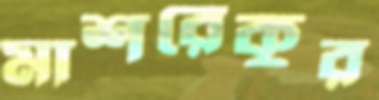
মাশরেকুর